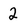
Character: 2